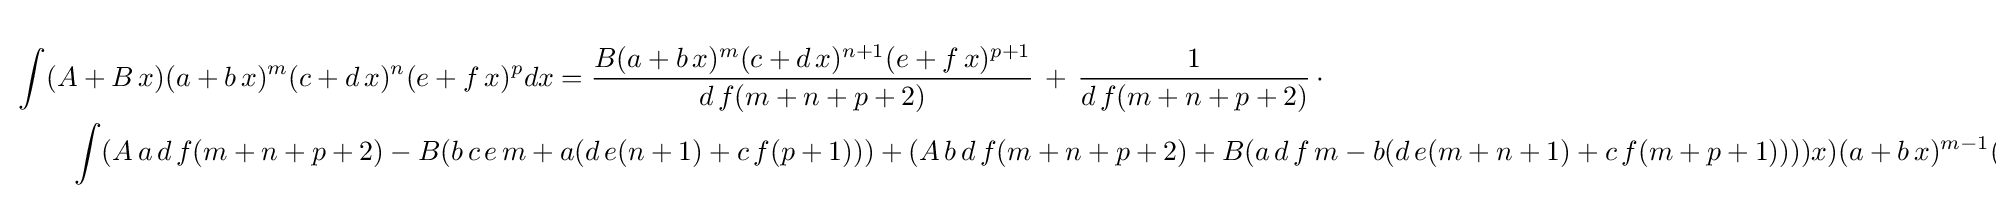
{\begin{aligned}&\int (A+B\,x)(a+b\,x)^{m}(c+d\,x)^{n}(e+f\,x)^{p}dx={\frac {B(a+b\,x)^{m}(c+d\,x)^{n+1}(e+f\,x)^{p+1}}{d\,f(m+n+p+2)}}\,+\,{\frac {1}{d\,f(m+n+p+2)}}\,\cdot \\&\qquad \int (A\,a\,d\,f(m+n+p+2)-B(b\,c\,e\,m+a(d\,e(n+1)+c\,f(p+1)))+(A\,b\,d\,f(m+n+p+2)+B(a\,d\,f\,m-b(d\,e(m+n+1)+c\,f(m+p+1))))x)(a+b\,x)^{m-1}(c+d\,x)^{n}(e+f\,x)^{p}dx\end{aligned}}